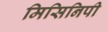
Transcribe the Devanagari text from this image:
मिसिनिपी